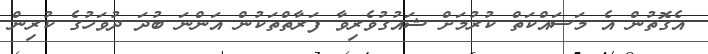
އެގޮތުން އެ މަސައްކަތް ކުރުމަށް ޝައުގުވެރިވާ ފަރާތްތަކުން އަންނަ ބުދަ ދުވަހުގެ ކުރިން